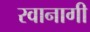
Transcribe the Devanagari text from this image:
रवानागी